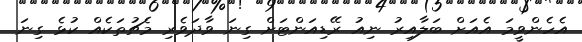
އެހެންވީމަ އެއަށް ބަލާއިރު ނިއު ރޭޑިއަންޓަށް ގިނަ ވާދަވެރި މެޗުތަކެއް ކުޅެ ގިނަ